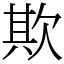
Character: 欺